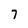
Character: 7